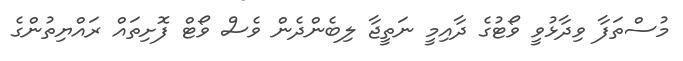
މުސްތަފާ ވިދާޅުވީ ވޯޓުގެ ދާއިމީ ނަތީޖާ ލިބެންދެން ވެސް ވޯޓް ފޮށިތައް ރައްޔިތުންގެ